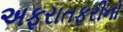
અફરાતફરીનો